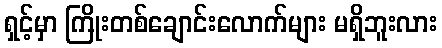
ရှင့်မှာ ကြိုးတစ်ချောင်းလောက်များ မရှိဘူးလား